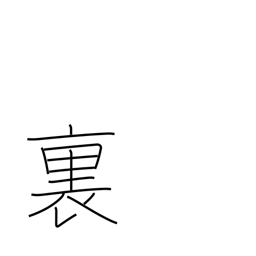
Meaning: inside